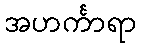
အဟင်္ကာရာ